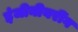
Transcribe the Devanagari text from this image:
इंजीनीयरींग